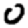
Digit: 0